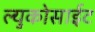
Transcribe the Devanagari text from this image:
ल्युकोसाईट